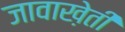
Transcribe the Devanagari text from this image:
जावाख़ेती